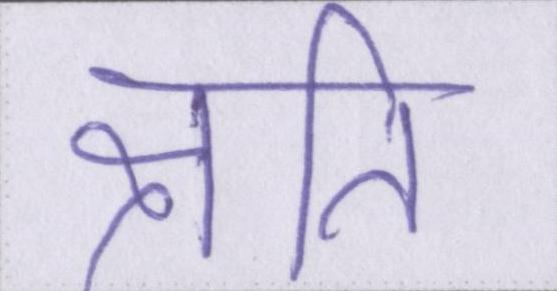
क्षति